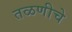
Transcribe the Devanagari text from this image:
तळणीचे